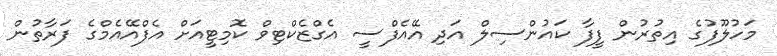
މަހުލޫފުގެ އިތުރުން ފީފާ ކައުންސިލް އަދި އޭއެފްސީ އެގްޒެކްޓިވް ކޮމިޓީއަށް އެފްއޭއެމްގެ ފަރާތުން